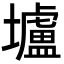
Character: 壚